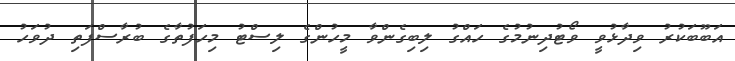
އަބޫބަކުރު ވިދާޅުވީ ވޯޓުދިނުމުގެ ހައްގު ލިބިގެންވާ މީހުންގެ ލިސްޓު މިހަފުތާގެ ބުރާސްފަތި ދުވަހު